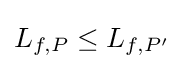
L_{f,P}\leq L_{f,P'}